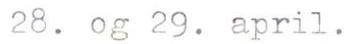
28. og 29. april.